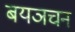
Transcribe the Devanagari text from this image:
बयञचन